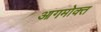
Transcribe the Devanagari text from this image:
आगमोक्त